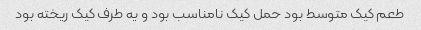
طعم کیک متوسط بود حمل کیک نامناسب بود و یه طرف کیک ریخته بود